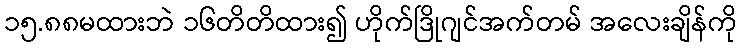
၁၅.၈၈မထားဘဲ ၁၆တိတိထား၍ ဟိုက်ဒြိုဂျင်အက်တမ် အလေးချိန်ကို